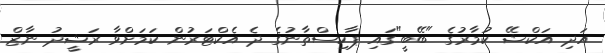
އަދި އަކްޝޭ ކުމާރުގެ "ބޭބީ"ގައި ޕާކިސްތާނުގެ ދެ އެކްޓަރުން ކަމަށްވާ ރަޝީދު ނާޒް